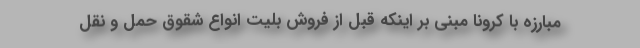
مبارزه با کرونا مبنی بر اینکه قبل از فروش بلیت انواع شقوق حمل و نقل